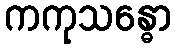
ကကုသန္ဓော